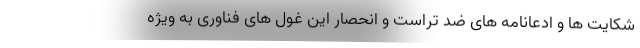
شکایت ها و ادعانامه های ضد تراست و انحصار این غول های فناوری به ویژه